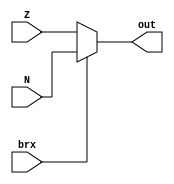
module FlagMUX(N,Z,brx,out);

input N;
input Z;
input brx;
output out;

wire out;

assign out=(brx==1'b0)?Z:
N;

endmodule